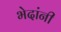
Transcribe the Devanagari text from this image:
भेदांनी